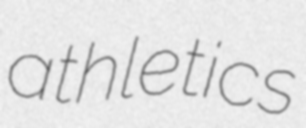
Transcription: athletics